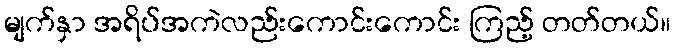
မျက်နှာ အရိပ်အကဲလည်းကောင်းကောင်း ကြည့် တတ်တယ်။